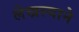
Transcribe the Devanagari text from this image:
लेखल्याने